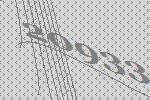
20933